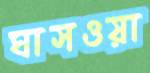
ঘাসওয়া